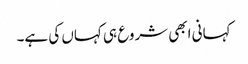
کہانی ابھی شروع ہی کہاں کی ہے۔